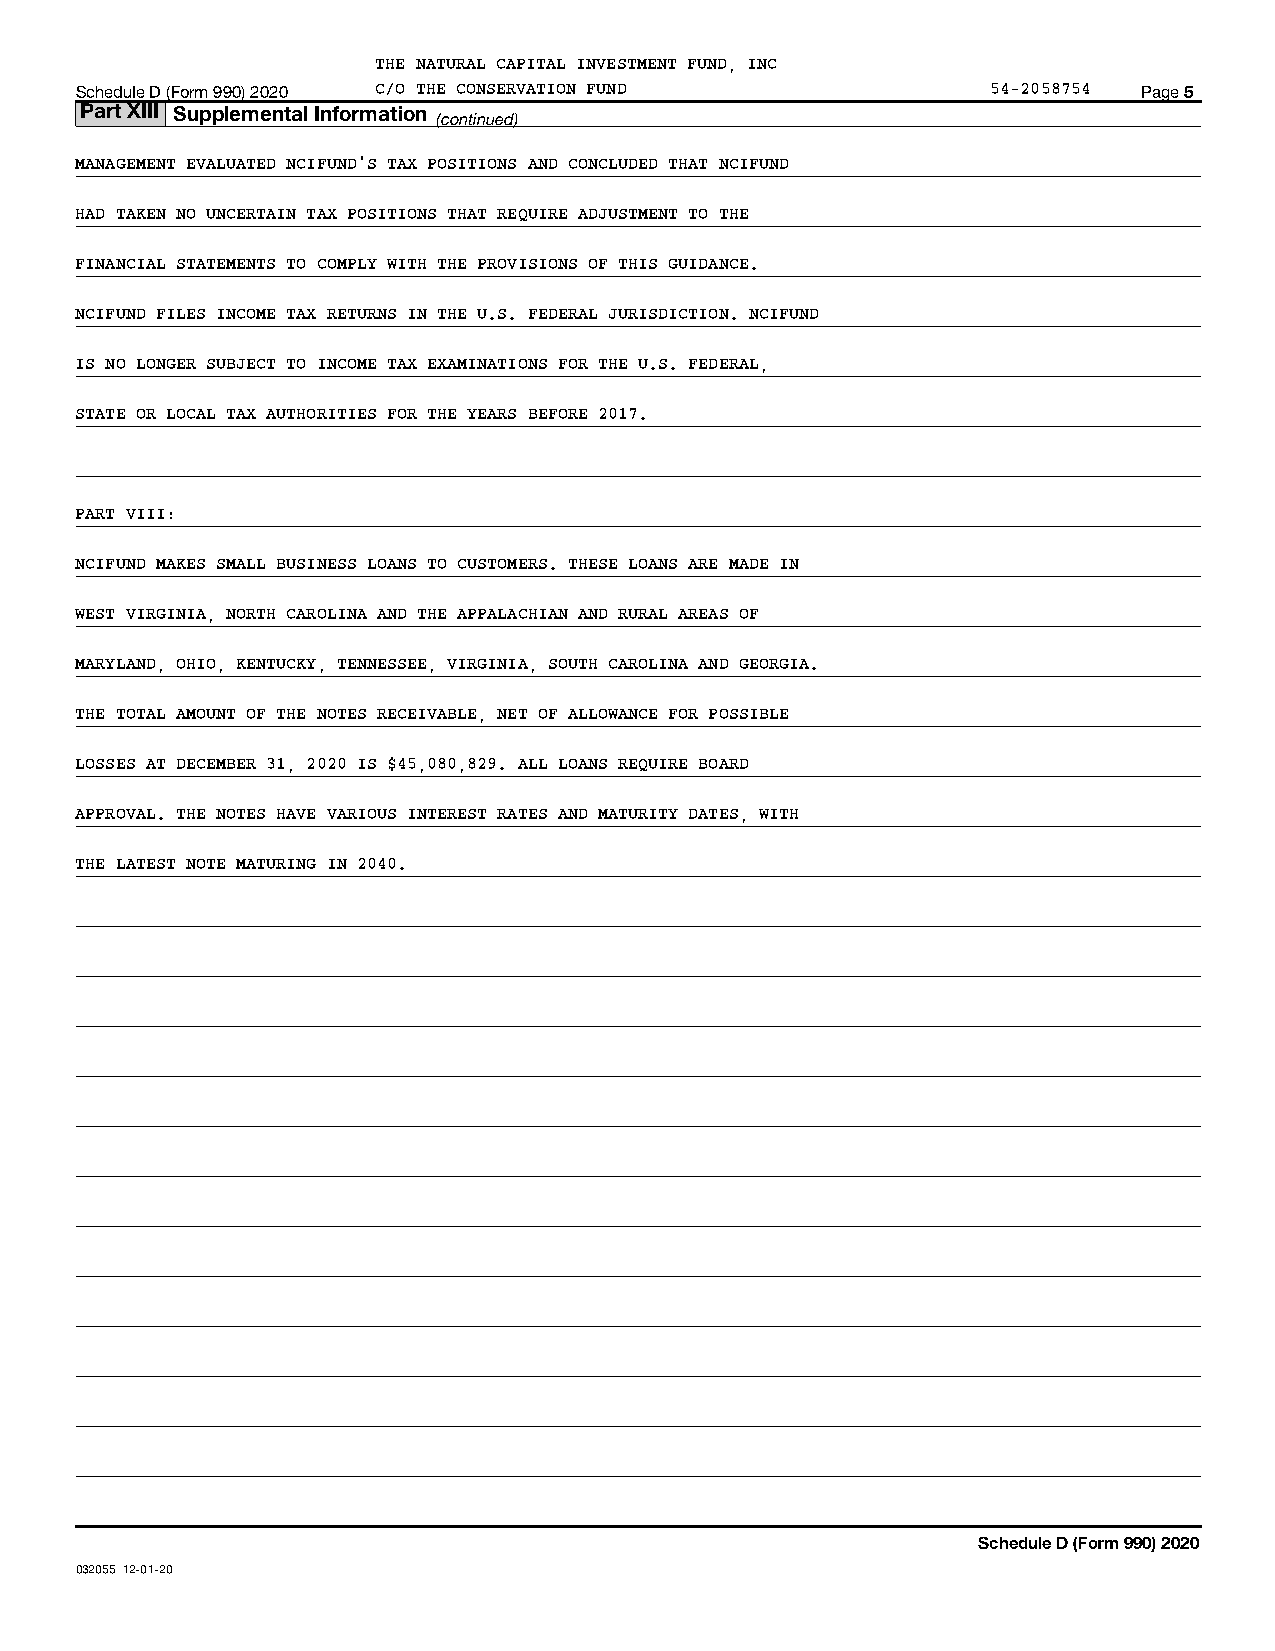
THE NATURAL CAPITAL INVESTMENT FUND, INC
 Schedule D (Form 990) 2020 C/O THE CONSERVATION FUND         54-2058754 Page 5
 Part XIII Supplemental Information
 (continued)
 MANAGEMENT EVALUATED NCIFUND'S TAX POSITIONS AND CONCLUDED THAT NCIFUND
 HAD TAKEN NO UNCERTAIN TAX POSITIONS THAT REQUIRE ADJUSTMENT TO THE
 FINANCIAL STATEMENTS TO COMPLY WITH THE PROVISIONS OF THIS GUIDANCE.
 NCIFUND FILES INCOME TAX RETURNS IN THE U.S. FEDERAL JURISDICTION. NCIFUND
 IS NO LONGER SUBJECT TO INCOME TAX EXAMINATIONS FOR THE U.S. FEDERAL,
 STATE OR LOCAL TAX AUTHORITIES FOR THE YEARS BEFORE 2017.
 PART VIII:
 NCIFUND MAKES SMALL BUSINESS LOANS TO CUSTOMERS. THESE LOANS ARE MADE IN
 WEST VIRGINIA, NORTH CAROLINA AND THE APPALACHIAN AND RURAL AREAS OF
 MARYLAND, OHIO, KENTUCKY, TENNESSEE, VIRGINIA, SOUTH CAROLINA AND GEORGIA.
 THE TOTAL AMOUNT OF THE NOTES RECEIVABLE, NET OF ALLOWANCE FOR POSSIBLE
 LOSSES AT DECEMBER 31, 2020 IS $45,080,829. ALL LOANS REQUIRE BOARD
 APPROVAL. THE NOTES HAVE VARIOUS INTEREST RATES AND MATURITY DATES, WITH
 THE LATEST NOTE MATURING IN 2040.
 Schedule D (Form 990) 2020
 032055 12-01-20